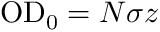
\mathrm { { O D _ { 0 } } } = N \sigma z